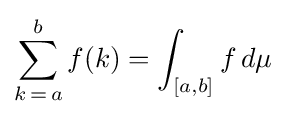
\sum _{k\mathop {=} a}^{b}f(k)=\int _{[a,b]}f\,d\mu